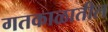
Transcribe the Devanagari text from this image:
गतकाळातील